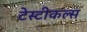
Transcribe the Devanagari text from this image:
टेस्टीकल्स